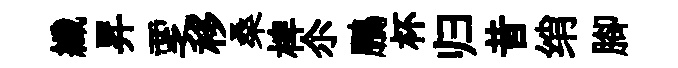
纖昇覂移桑椑尒鵬杯归昔绡腳